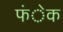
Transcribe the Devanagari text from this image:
फंेक